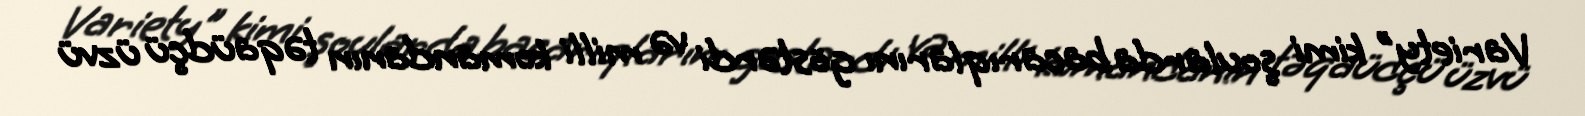
Variety" kimi şoularda bacarıqlarını göstərdi və milli komandanın təqaüdçü üzvü